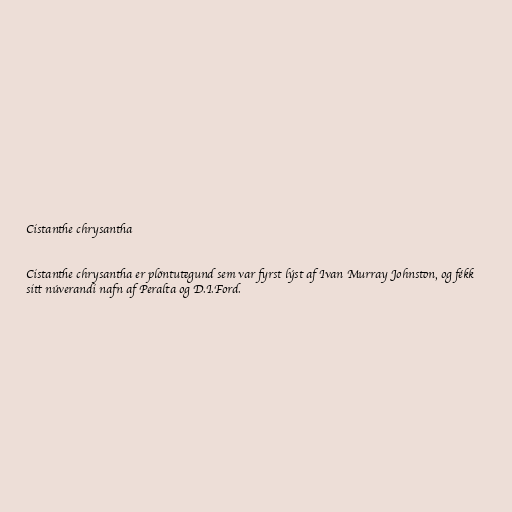
Cistanthe chrysantha

Cistanthe chrysantha er plöntutegund sem var fyrst lýst af Ivan Murray Johnston, og fékk
sitt núverandi nafn af Peralta og D.I.Ford.